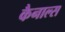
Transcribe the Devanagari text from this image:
कैनाल्स